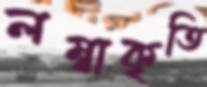
লম্বাকৃতি